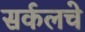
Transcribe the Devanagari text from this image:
सर्कलचे